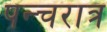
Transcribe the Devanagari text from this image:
पन्चरात्र